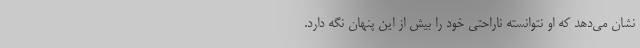
نشان می‌دهد که او نتوانسته ناراحتی خود را بیش از این پنهان نگه دارد.